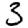
Digit: 3